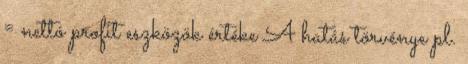
= nettó profit eszközök értéke A hatás törvénye pl.